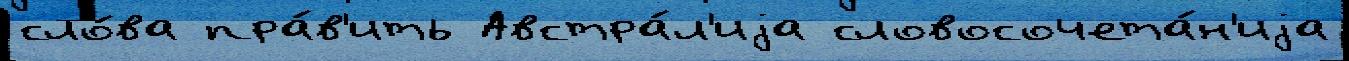
сло́ва пра́в'ить Австра́л'иjа словосочета́н'иjа